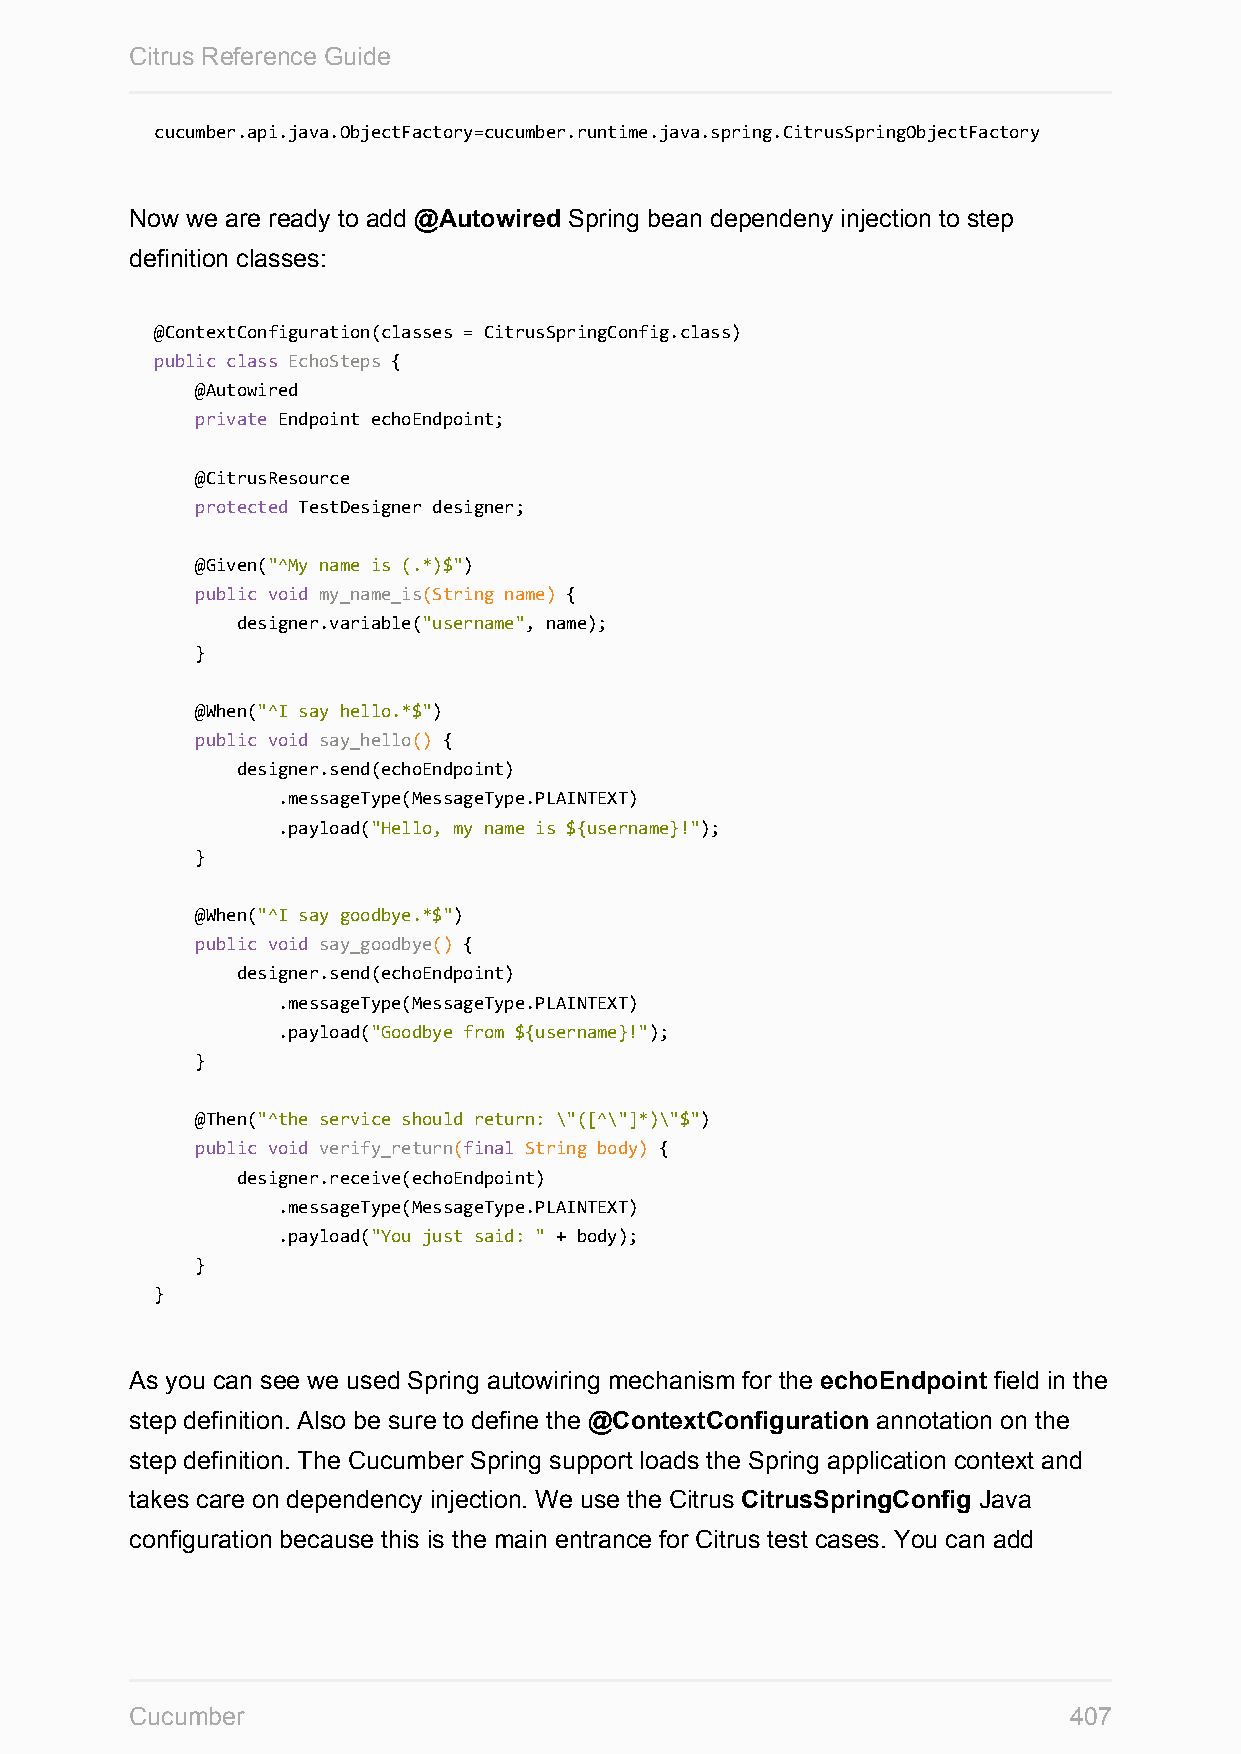
Citrus Reference Guide
 cucumber.api.java.ObjectFactory=cucumber.runtime.java.spring.CitrusSpringObjectFactory
 Now we are ready to add @Autowired Spring bean dependeny injection to step
 definition classes:
 @ContextConfiguration(classes = CitrusSpringConfig.class)
 public class EchoSteps {
 @Autowired
 private Endpoint echoEndpoint;
 @CitrusResource
 protected TestDesigner designer;
 @Given("^My name is (.*)$")
 public void my_name_is(String name) {
 designer.variable("username", name);
 }
 @When("^I say hello.*$")
 public void say_hello() {
 designer.send(echoEndpoint)
 .messageType(MessageType.PLAINTEXT)
 .payload("Hello, my name is ${username}!");
 }
 @When("^I say goodbye.*$")
 public void say_goodbye() {
 designer.send(echoEndpoint)
 .messageType(MessageType.PLAINTEXT)
 .payload("Goodbye from ${username}!");
 }
 @Then("^the service should return: \"([^\"]*)\"$")
 public void verify_return(final String body) {
 designer.receive(echoEndpoint)
 .messageType(MessageType.PLAINTEXT)
 .payload("You just said: " + body);
 }
 }
 As you can see we used Spring autowiring mechanism for the echoEndpoint field in the
 step definition. Also be sure to define the @ContextConfiguration annotation on the
 step definition. The Cucumber Spring support loads the Spring application context and
 takes care on dependency injection. We use the Citrus CitrusSpringConfig Java
 configuration because this is the main entrance for Citrus test cases. You can add
 Cucumber                                                      407